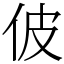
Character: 佊